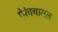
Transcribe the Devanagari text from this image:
पेरंक्यामल